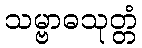
သမ္ဗာဓသုတ္တံ